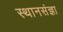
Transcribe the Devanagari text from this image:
स्थानसंज्ञा